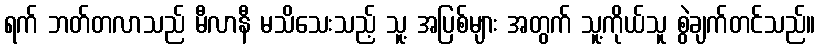
ရက် ဘတ်တလာသည် မီလာနီ မသိသေးသည့် သူ့ အပြစ်များ အတွက် သူ့ကိုယ်သူ စွဲချက်တင်သည်။